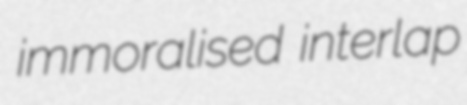
immoralised interlap